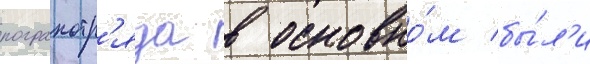
погранотр'яда в основно́м бы́л'и